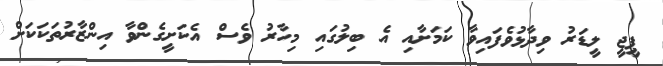
ޕީޖީ ލީޑަރު ވިދާޅުވެފައިވާ ކަމަށާއި އެ ބިލުގައި މިހާރު ވެސް އެކަށީގެންވާ އިންޒާރުތަކަކަށް